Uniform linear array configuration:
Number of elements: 16
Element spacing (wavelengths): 0.5
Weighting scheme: binomial
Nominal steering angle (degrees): -30
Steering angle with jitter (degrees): -31.748
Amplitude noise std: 0.05
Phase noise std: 0.05

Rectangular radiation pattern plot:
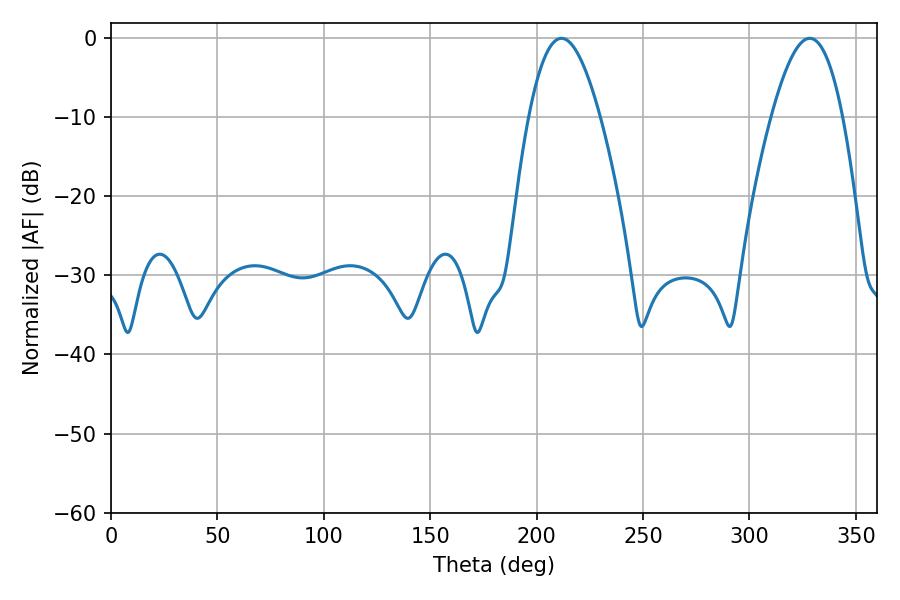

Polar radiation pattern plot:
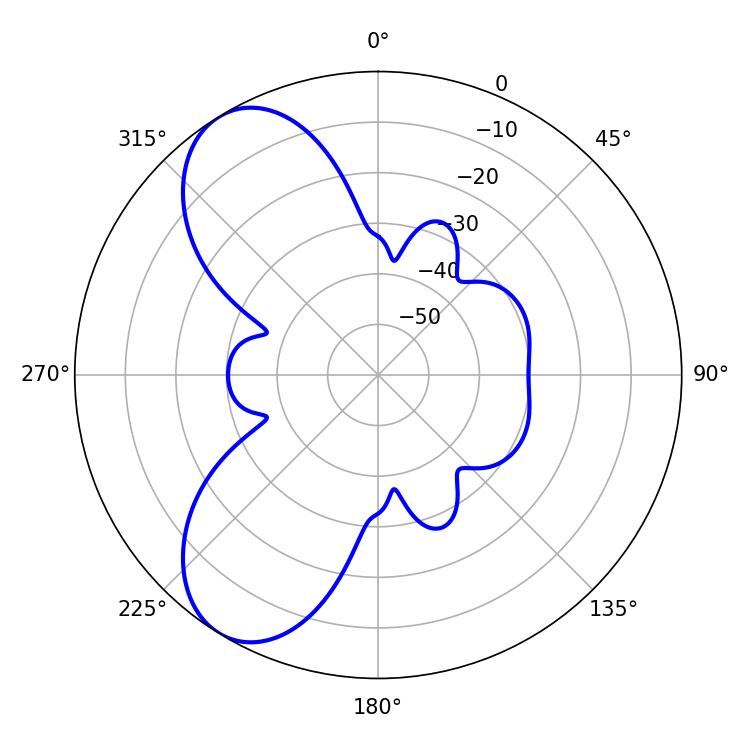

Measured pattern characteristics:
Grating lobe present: FALSE
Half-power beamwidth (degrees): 18.18
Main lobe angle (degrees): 211.68